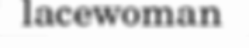
lacewoman